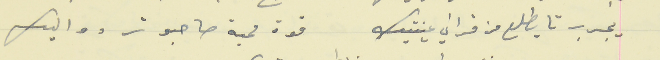
يجرب تايطلع من قراني عينتيك                                       قوة محبة صاحبو تردو اليك